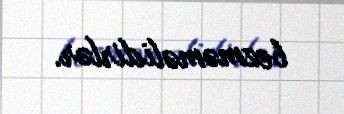
bezməməlidirlər.